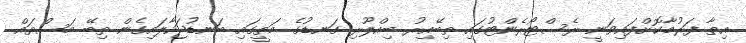
އިތާ ފަރުމާކޮށްފައިވަނީ ރެސްޓޯރެންޓުގައި ތިބޭއިރު ބިއްލޫރި ގަނޑުގެ މަތީގައި ބަނޑުޖަހާލައިގެން ތިބޭ މަސްތައް